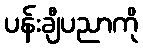
ပန်းချီပညာကို